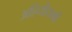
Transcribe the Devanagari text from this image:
अहिनीयमों